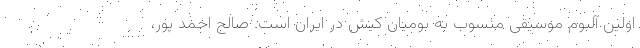
اولین آلبوم موسیقی منسوب به بومیان کیش در ایران است. صالح احمد پور،